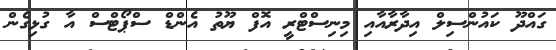
ގައްދޫ ކައުންސިލް އިދާރާއާއި މިނިސްޓްރީ އޮފް ޔޫތު އެންޑް ސްޕޯޓްސް އާ ގުޅިގެން